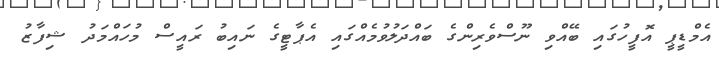
އެމްޑީޕީ އޮފީހުގައި ބޭއްވި ނޫސްވެރިންގެ ބައްދަލުވުމެއްގައި އެޕާޓީގެ ނައިބު ރައީސް މުހައްމަދު ޝިފާޒު